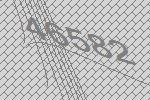
46582